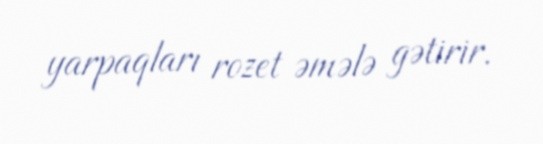
yarpaqları rozet əmələ gətirir.